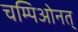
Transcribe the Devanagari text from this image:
चम्पिओनत्